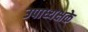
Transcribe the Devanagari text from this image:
उपाध्यक्षके